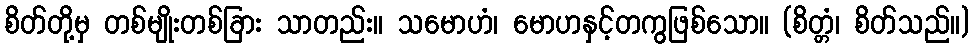
စိတ်တို့မှ တစ်မျိုးတစ်ခြား သာတည်း။ သမောဟံ၊ မောဟနှင့်တကွဖြစ်သော။ (စိတ္တံ၊ စိတ်သည်။)